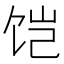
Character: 𱃹